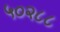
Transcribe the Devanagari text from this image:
५०२८८